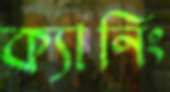
ক্যানিং